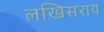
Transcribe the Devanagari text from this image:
लखिसराय